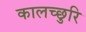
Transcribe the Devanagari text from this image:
कालच्छुरि